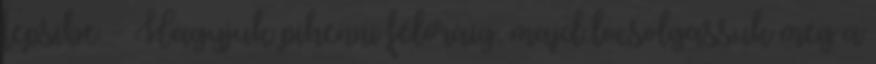
tepsibe. - Hagyjuk pihenni félóráig, majd locsolgassuk meg a